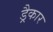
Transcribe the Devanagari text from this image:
ड्रैकार